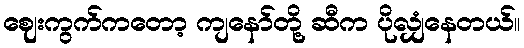
ဈေးကွက်ကတော့ ကျနော်တို့ ဆီက ပိုလျှံနေတယ်။